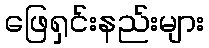
ဖြေရှင်းနည်းများ